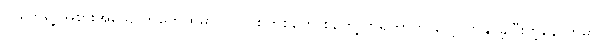
လူတွေရဲ့ အစားအသောက်တွေထဲမှာ ပလပ်စတစ်တွေ စတွေ့လာရတာကို လေ့လာနိုင်ခဲ့ပြီးတဲ့နောက်မှာ